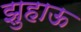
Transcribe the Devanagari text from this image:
झुहाऊ